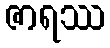
ဇာရဿ